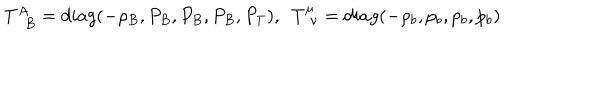
LaTeX: T _ { \phantom { A } B } ^ { A } = d i a g ( - \rho _ { B } , P _ { B } , P _ { B } , P _ { B } , P _ { T } ) , ~ ~ T _ { \phantom { \mu } \nu } ^ { \mu } = d i a g ( - \rho _ { b } , p _ { b } , p _ { b } , p _ { b } )